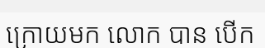
ក្រោយមក លោក បាន បើក